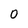
Character: O